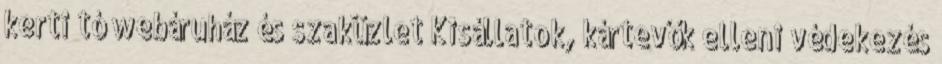
kerti tó webáruház és szaküzlet Kisállatok, kártevők elleni védekezés